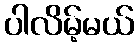
ပါလိမ့်မယ်